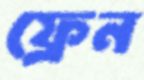
ফ্রেন